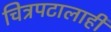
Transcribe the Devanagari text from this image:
चित्रपटालाही